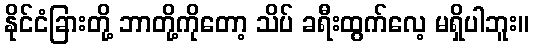
နိုင်ငံခြားတို့ ဘာတို့ကိုတော့ သိပ် ခရီးထွက်လေ့ မရှိပါဘူး။